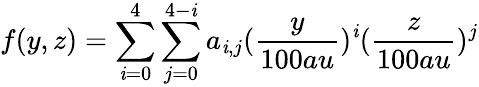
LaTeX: f(y,z)=\sum_{\mathit{i}=0}^{4}\sum_{j=0}^{4-\mathit{i}}a_{\mathit{i},j}(\frac{{y}}{{100au}})^{\mathit{i}}(\frac{{z}}{{100au}})^{j}